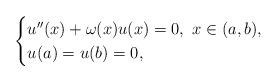
LaTeX: \begin{align*} \begin{cases} u''(x)+\omega(x)u(x)=0,\,\,x\in(a,b),\\ u(a)=u(b)=0, \end{cases}\end{align*}